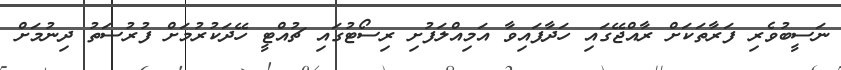
ނަސީބުވެރި ފަރާތަކަށް ރާއްޖޭގައި ހަދާފައިވާ އަމިއްލަފުށި ރިސޯޓުގައި ޗުއްޓީ ހޭދަކުރުމަށް ފުރުސަތު ދިނުމަށް